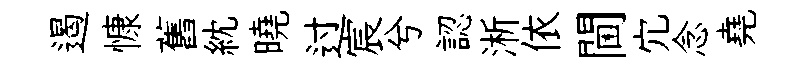
遏慷舊紞曉过宸兮認淅依閫宂念堯